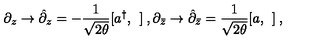
\partial _ { z } \rightarrow \hat { \partial } _ { z } = - \frac { 1 } { \sqrt { 2 \theta } } [ a ^ { \dag } , \: \: ] \: , \partial _ { \bar { z } } \rightarrow \hat { \partial } _ { \bar { z } } = \frac { 1 } { \sqrt { 2 \theta } } [ a , \: \: ] \: ,